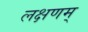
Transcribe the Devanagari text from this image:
लक्षणम्